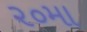
૨૦મા